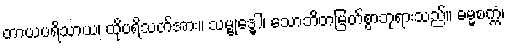
တာယပရိသာယ၊ ထိုပရိသတ်အား။ သမ္ဗုဒ္ဓေါ၊ သောဘိတမြတ်စွာဘုရားသည်။ ဓမ္မစက္ကံ၊